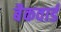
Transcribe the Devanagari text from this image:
बैकवार्ड